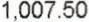
1,007.50